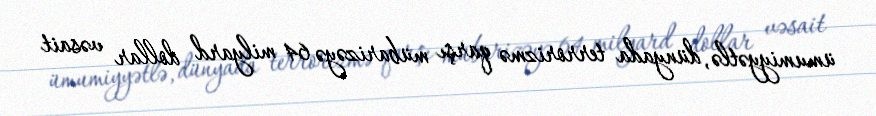
ümumiyyətlə, dünyada terrorizmə qarşı mübarizəyə 64 milyard dollar vəsait